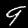
Digit: 9